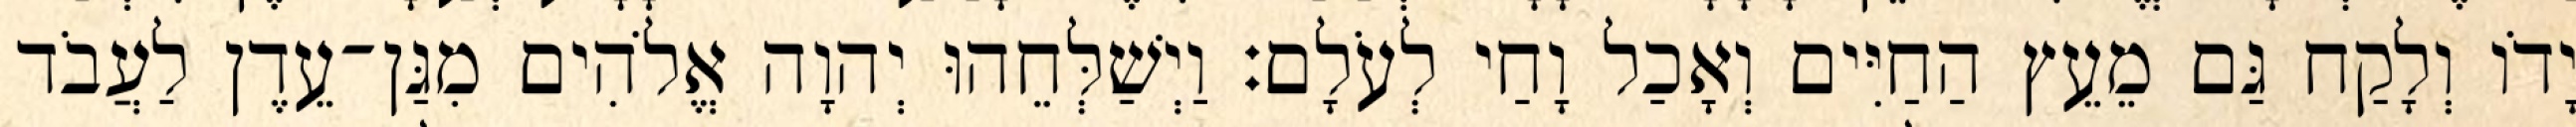
יָדֹו וְלָקַח גַּם מֵעֵץ הַחַיִּים וְאָכַל וָחַי לְעֹלָם׃ וַיְשַׁלְּחֵהוּ יְהוָה אֱלֹהִים מִגַּן־עֵדֶן לַעֲבֹד